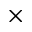
\times